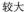
较大